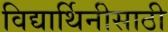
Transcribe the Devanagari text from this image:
विद्यार्थिनीसाठी